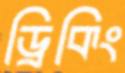
ড্রিকিং